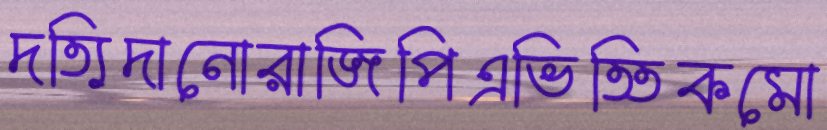
দত্যিদানোরাজিপিএভিত্তিকমো